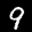
Label: 9